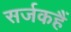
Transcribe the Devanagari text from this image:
सर्जकहैं